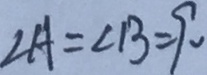
\angle A = \angle B = 9 0 ^ { \circ }